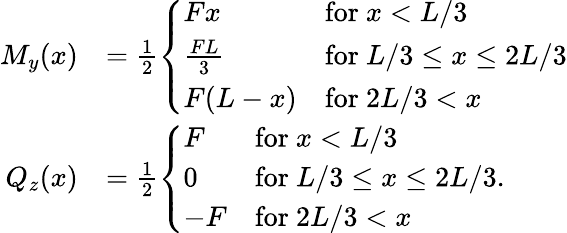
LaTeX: \begin{array}{rl}{M_{y}(x)}&{=\frac{1}{2}\left\{ \begin{array}{ll}{Fx}&{\mathrm{for~}x<L/3}\\ {\frac{FL}{3}}&{\mathrm{for~}L/3\leq x\leq 2L/3}\\ {F(L-x)}&{\mathrm{for~}2L/3<x}\end{array}\right.}\\ {Q_{z}(x)}&{=\frac{1}{2}\left\{ \begin{array}{ll}{F}&{\mathrm{for~}x<L/3}\\ {0}&{\mathrm{for~}L/3\leq x\leq 2L/3}\\ {-F}&{\mathrm{for~}2L/3<x}\end{array}\right..}\end{array}